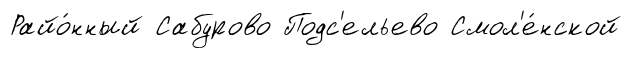
Райо́нный Сабурово Подс'ельево Смол'е́нской